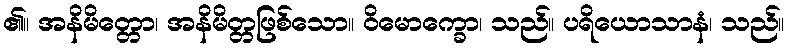
၏။ အနိမိတ္တော၊ အနိမိတ္တဖြစ်သော။ ဝိမောက္ခော၊ သည်။ ပရိယောသာနံ၊ သည်။